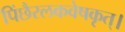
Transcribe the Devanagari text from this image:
पिंछैरलकवेषकृत्‌।